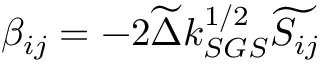
\beta _ { i j } = - 2 \widetilde { \Delta } k _ { S G S } ^ { 1 / 2 } \widetilde { S _ { i j } }